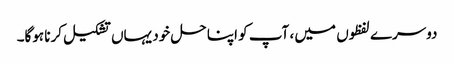
دوسرے لفظوں میں ، آپ کو اپنا حل خود یہاں تشکیل کرنا ہوگا۔